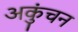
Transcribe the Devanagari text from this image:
अकुंचन